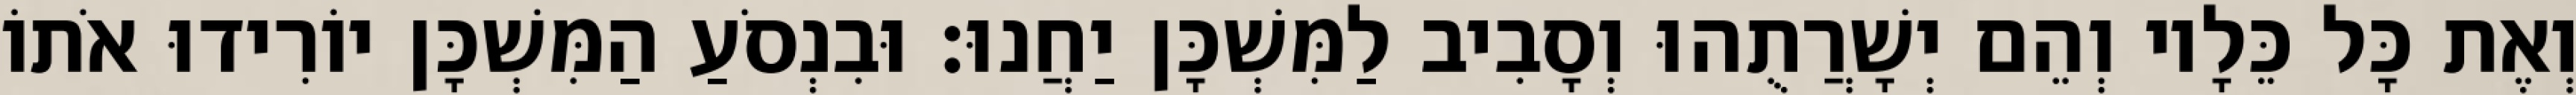
וְאֶת כָּל כֵּלָיו וְהֵם יְשָׁרֲתֻהוּ וְסָבִיב לַמִּשְׁכָּן יַחֲנוּ׃ וּבִנְסֹעַ הַמִּשְׁכָּן יוֹרִידוּ אֹתוֹ